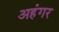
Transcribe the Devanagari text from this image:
अहंगर